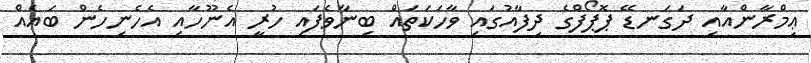
ޢިމްރާންއާއި ދަގަނޑޭ ޕޮޕޯފްގެ ދިފާއުގައި ވާހަކަތައް ބިނާވެފައި ހުރީ އެނޫހާއި އެހެނިހެން ބައެއް